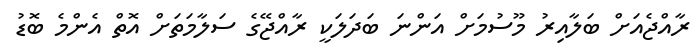
ރާއްޖެއަށް ބަލާއިރު މޫސުމަށް އަންނަ ބަދަލަކީ ރާއްޖޭގެ ސަލާމަތަށް އޮތް އެންމެ ބޮޑު